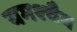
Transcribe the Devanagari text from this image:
यमश्चैव